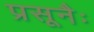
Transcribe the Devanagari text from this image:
प्रसूनैः